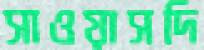
সাওয়াসদি